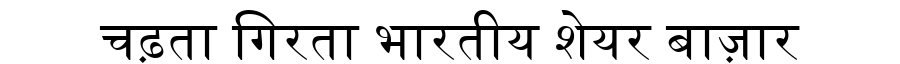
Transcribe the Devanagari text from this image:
चढ़ता गिरता भारतीय शेयर बाज़ार